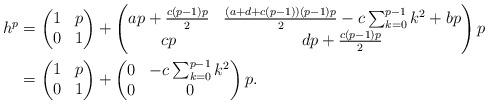
LaTeX: \begin{align*}h^p &= \begin{pmatrix} 1 & p \\ 0 & 1 \end{pmatrix} + \begin{pmatrix} ap + \frac{c(p-1)p}{2} & \frac{(a+d+c(p-1))(p-1)p}{2} - c \sum_{k=0}^{p-1} k^2 + bp \\ cp & dp + \frac{c(p-1)p}{2} \end{pmatrix} p \\&= \begin{pmatrix} 1 & p \\ 0 & 1 \end{pmatrix} + \begin{pmatrix} 0 & -c\sum_{k=0}^{p-1} k^2 \\ 0 & 0 \end{pmatrix} p.\end{align*}